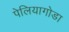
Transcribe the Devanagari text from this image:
पेलियागोडा